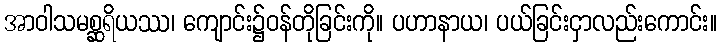
အာဝါသမစ္ဆရိယဿ၊ ကျောင်း၌ဝန်တိုခြင်းကို။ ပဟာနာယ၊ ပယ်ခြင်းငှာလည်းကောင်း။